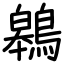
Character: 鷎